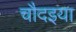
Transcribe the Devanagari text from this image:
चौदइया